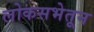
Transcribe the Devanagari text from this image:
लोकसभेतून